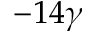
- 1 4 \gamma